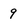
Character: 9